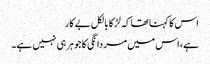
اس کا کہنا تھا کہ لڑکا بالکل بے کار
ہے، اس میں مردانگی کا جوہر ہی نہیں ہے۔